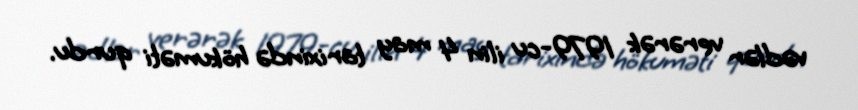
vədlər verərək 1979-cu ilin 4 may tarixində hökuməti qurdu.